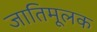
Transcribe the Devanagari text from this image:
जातिमूलक